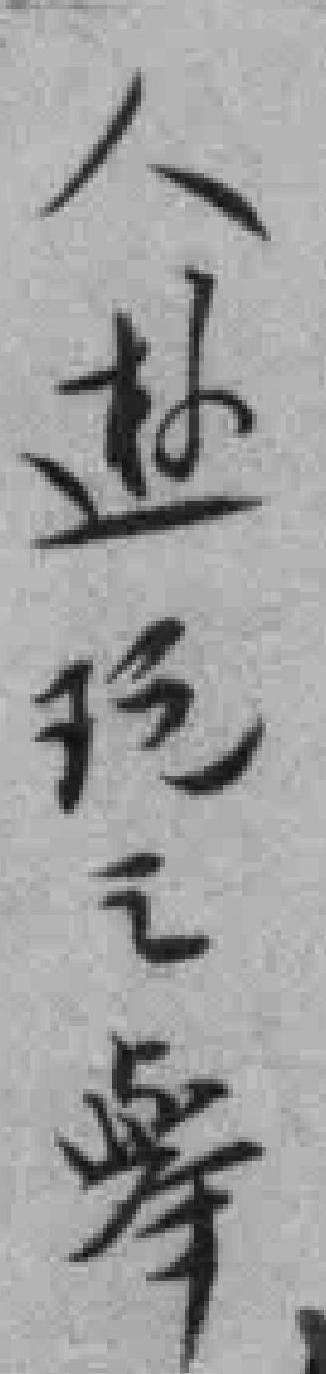
人遊玩之擧